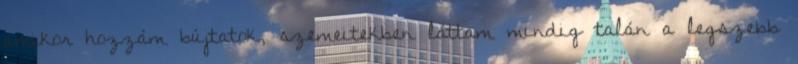
amikor hozzám bújtatok, szemeitekben láttam mindig talán a legszebb